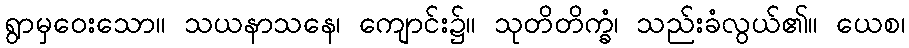
ရွာမှဝေးသော။ သယနာသနေ၊ ကျောင်း၌။ သုတိတိက္ခံ၊ သည်းခံလွယ်၏။ ယေစ၊